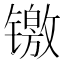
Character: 𬭻